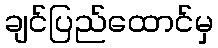
ချင်ပြည်ထောင်မှ